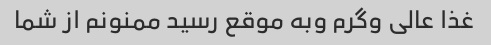
غذا عالی وگرم وبه موقع رسید ممنونم از شما